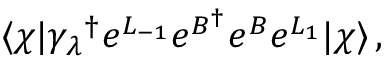
\langle \chi | { \gamma _ { \lambda } } ^ { \dagger } e ^ { L _ { - 1 } } e ^ { B ^ { \dagger } } e ^ { B } e ^ { L _ { 1 } } | \chi \rangle \, ,